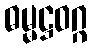
ဓမ္မဋ္ဌဝဂ္ဂ